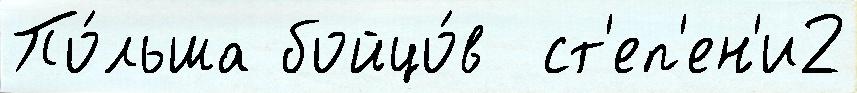
По́льша бойцо́в  ст'еп'ен'и2